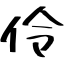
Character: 伶